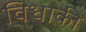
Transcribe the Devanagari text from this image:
विधाकी